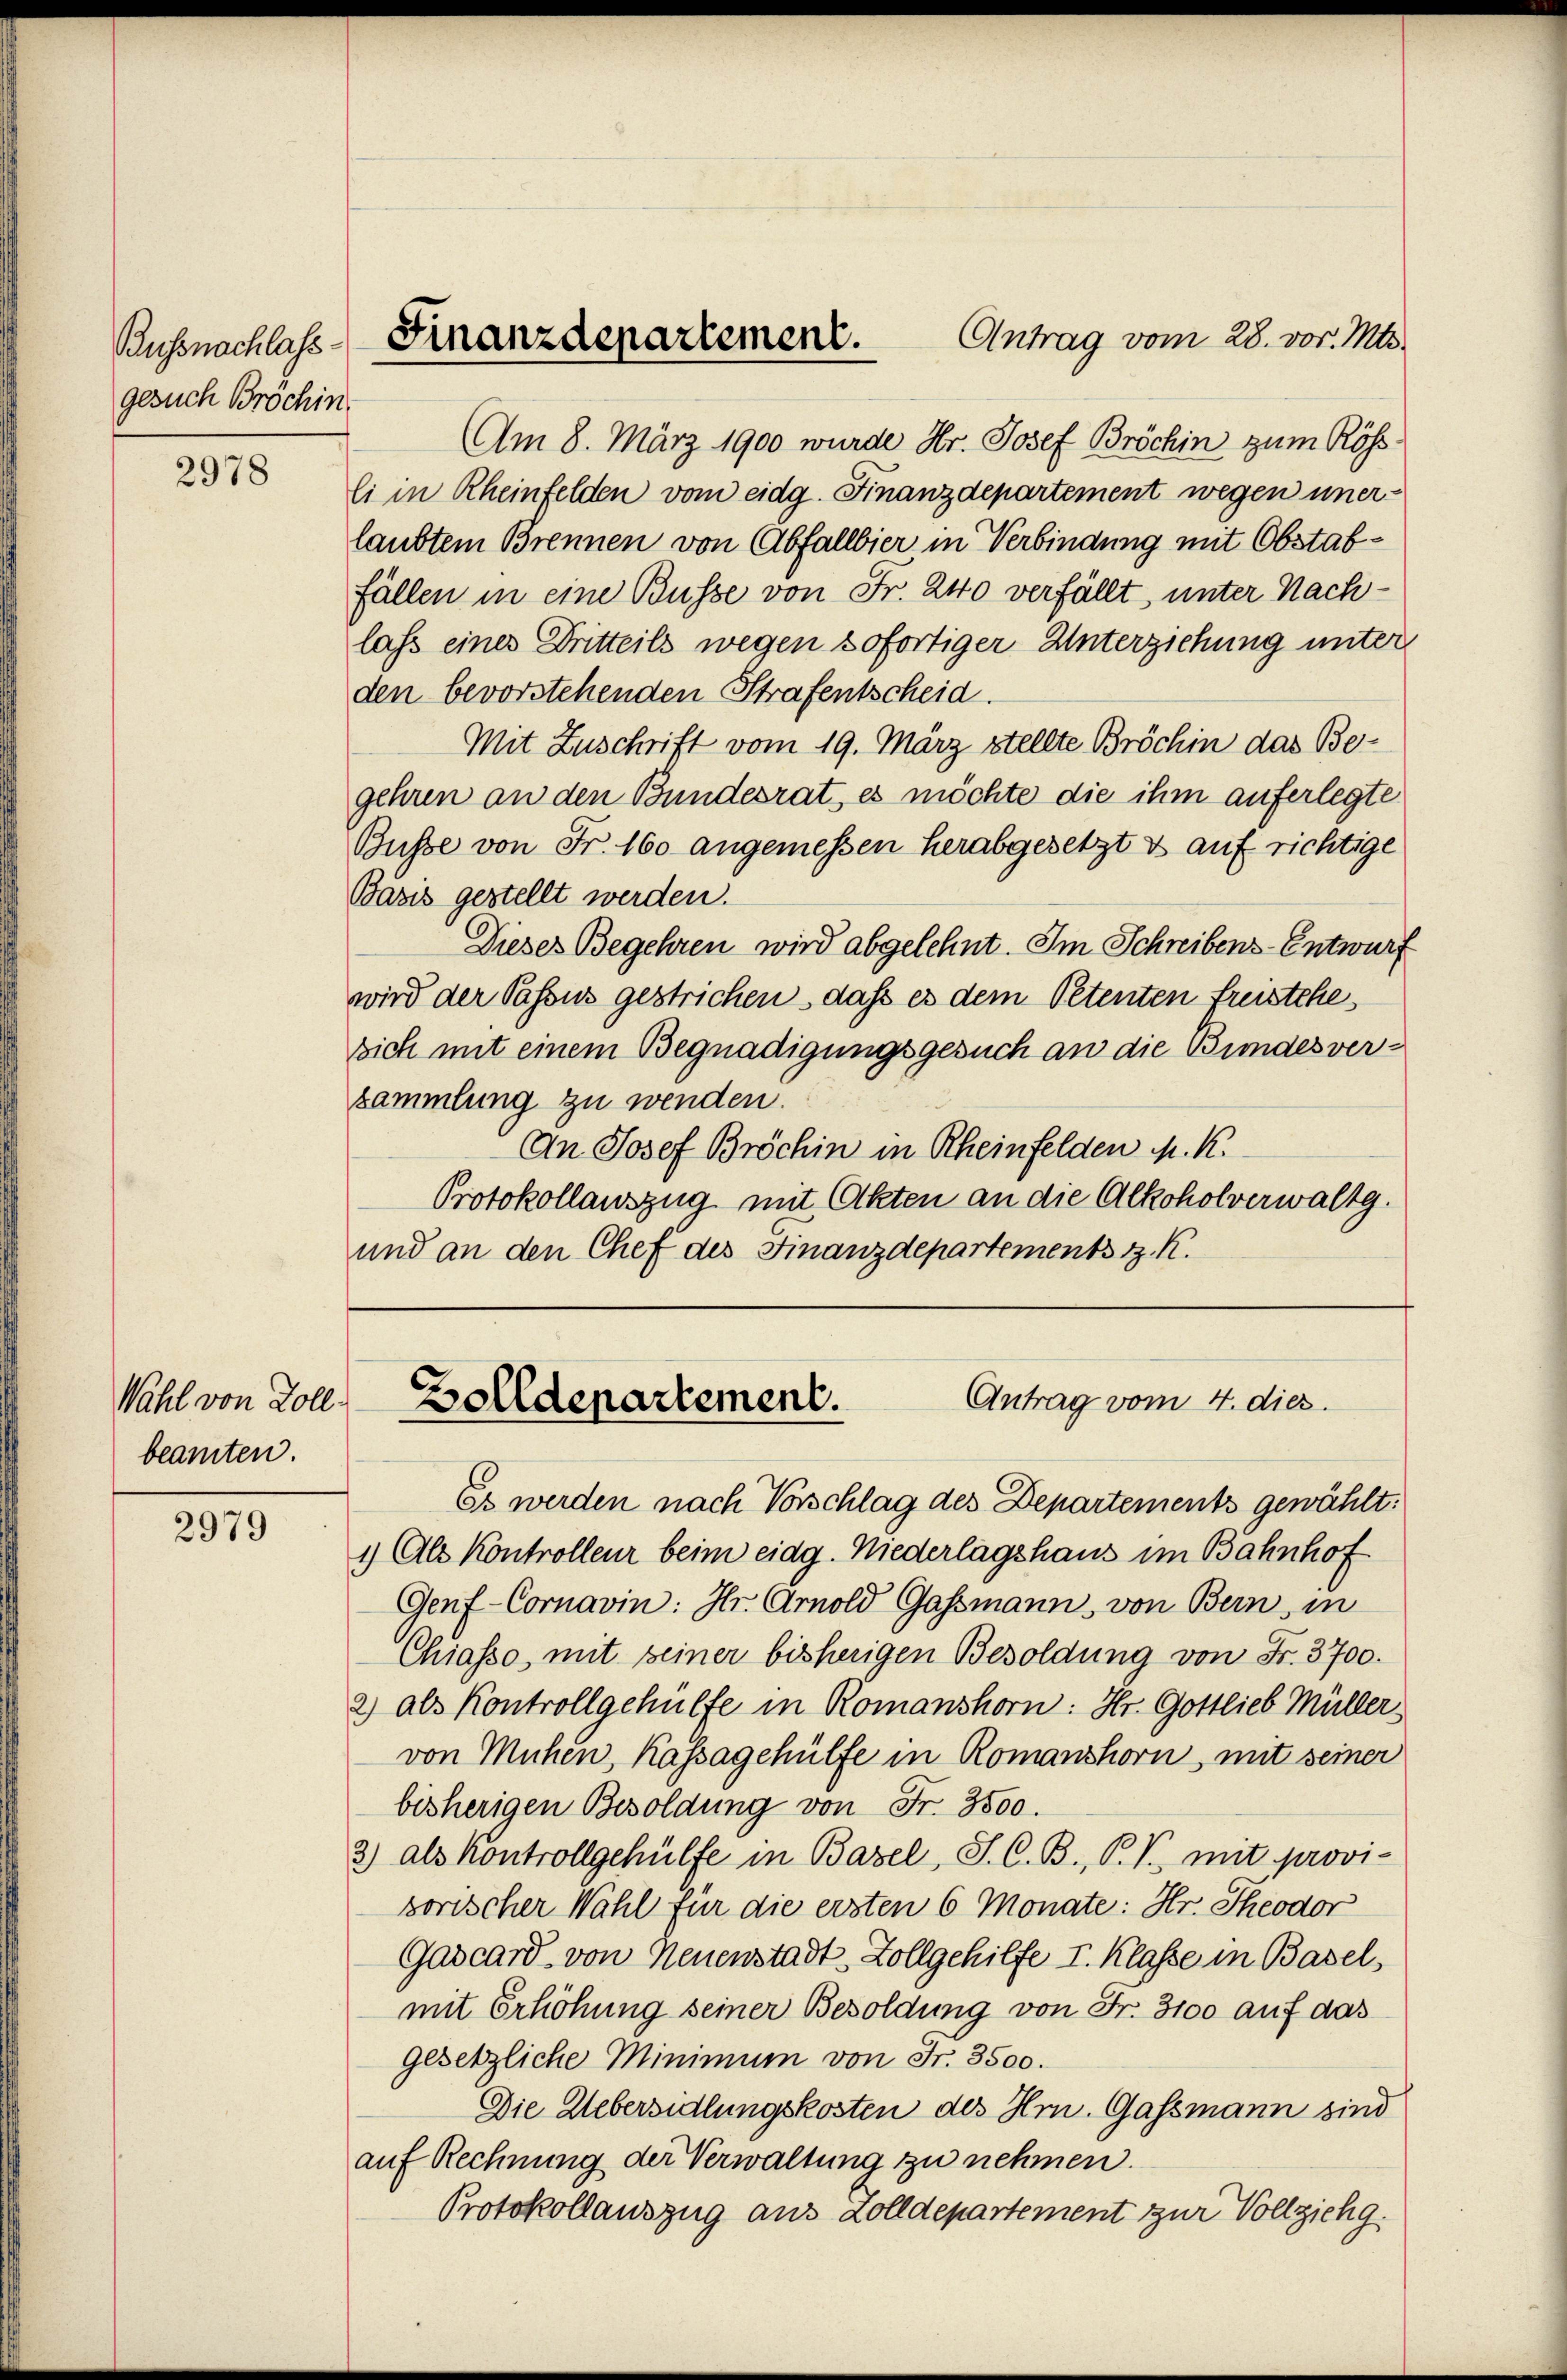
Bussnachlass
gesuch Bröchin

2978

Wahl von Zollbeamten.

2979

Antrag vom 28. vor. Mts.
Finanzdepartement.

Am 8. März 1900 wurde Hr. Josef Bröchin zum Rösli in Rheinfelden vom eidg. Finanzdepartement wegen unerlaubtem Brennen von Abfallbier in Verbindung mit Obstabfällen in eine Busse von Fr. 240 verfällt, unter Nachlass eines Dritteils wegen sofortiger Unterziehung unter
den bevorstehenden Strafentscheid.
Mit Zuschrift vom 19. März stellte Bröchin das Begehren an den Bundesrat, es möchte die ihm auferlegte
Busse von Fr. 160 angemessen herabgesetzt & auf richtige
Basis gestellt werden.
Dieses Begehren wird abgelehnt. Im Schreibens-Entwurf
wird der Passus gestrichen, dass es dem Petenten freistehe,
sich mit einem Begnadigungsgesuch an die Bundesversammlung zu wenden.
An Josef Bröchin in Rheinfelden M. K.
Protokollauszug mit Akten an die Alkoholverwaltg.
und an den Chef des Finanzdepartements z. K.

Antrag vom 4. dies.
Bolldepartement.

Es werden nach Vorschlag des Departements gewählt:
1) Als Kontrolleur beim eidg. Niederlagshaus im Bahnhof
Genf-Cornavin: Hr. Arnold Gassmann, von Bern, in
Chiasso, mit seiner bisherigen Besoldung von Fr. 3700.
2) als Kontrollgehülfe in Romanshorn: Hr. Gottlieb Müller
von Mühen, Kassagehülfe in Romanshorn, mit seiner
bisherigen Besoldung von Fr. 3500.
3) als Kontrollgehülfe in Basel, S. C. B., P. V. mit provi-
sorischer Wahl für die ersten 6 Monate: Hr. Theodor
Gascard von Neuenstadt-Zollgehilfe I. Klasse in Basel,
mit Erhöhung seiner Besoldung von Fr. 3100 auf das
gesetzliche Minimum von Fr. 3500.
Die Uebersidlungskosten des Hrn. Gassmann sind
auf Rechnung der Verwaltung zu nehmen.
Protokollauszug aus dolldepartement zur Vollziehg.